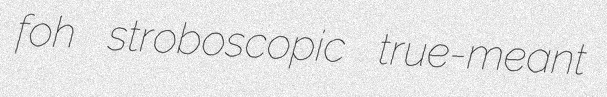
foh stroboscopic true-meant